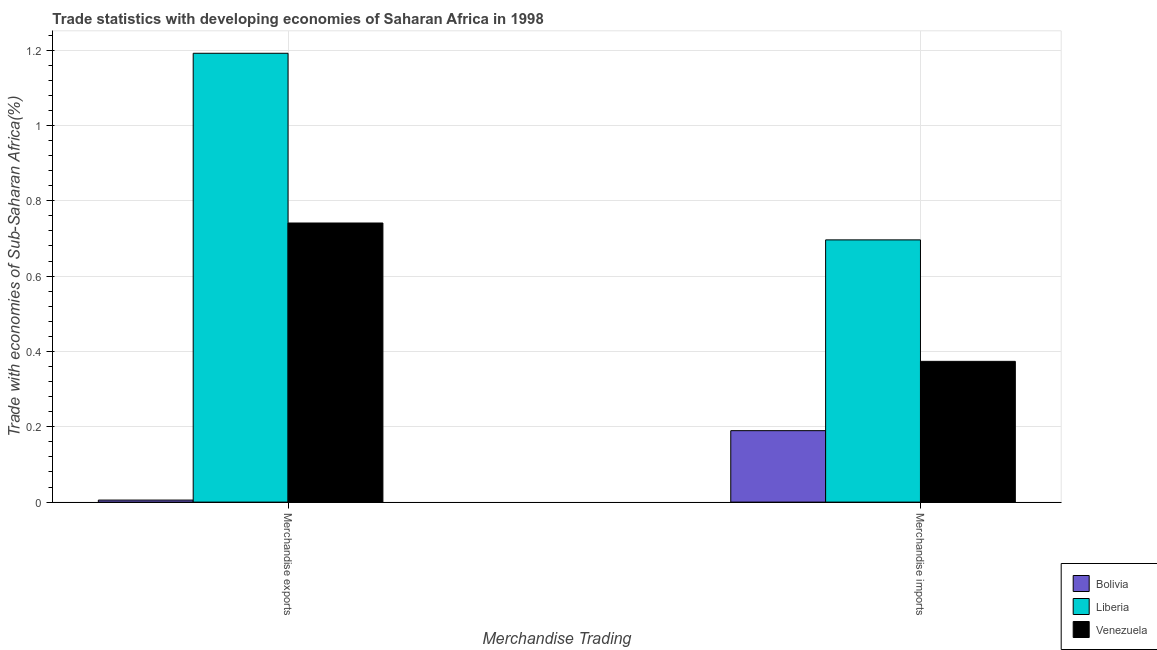
| Merchandise Trading | Bolivia | Liberia | Venezuela |
 | --- | --- | --- | --- |
 | Merchandise exports | 0.00543 | 1.19 | 0.741 |
 | Merchandise imports | 0.19 | 0.696 | 0.374 |